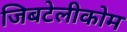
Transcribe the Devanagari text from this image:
जिबटेलीकोम